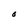
Character: O